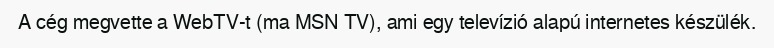
A cég megvette a WebTV-t (ma MSN TV), ami egy televízió alapú internetes készülék.